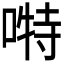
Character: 𭉪